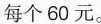
每个60元。